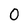
Character: 0